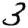
Digit: 3